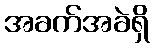
အခက်အခဲရှိ